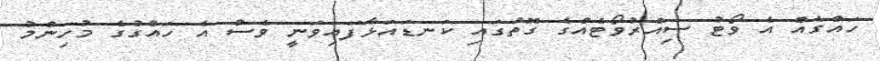
ހައްގެއް އެ ވޯޓު ސިއްރުވޯޓެއްގެ ގޮތުގައި ކަނޑައަޅާފައިވަނީ ވެސް އެ ހައްގުގެ މުހިންމު